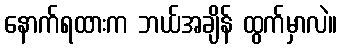
နောက်ရထားက ဘယ်အချိန် ထွက်မှာလဲ။